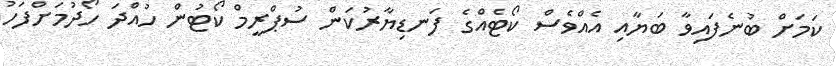
ކަމަށް ބުނެފައިވާ ބަޔާއި އެއްވެސް ކޯޓެއްގެ ފަނޑިޔާރުކަން ސުޕްރީމް ކޯޓުން ހުއްދަ ހޯދުމަށްފަހު